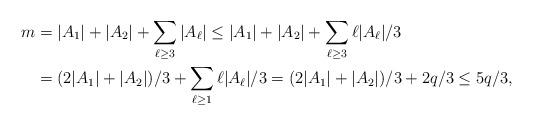
LaTeX: \begin{align*}m&=|A_1|+|A_2|+\sum_{\ell\geq 3}{|A_\ell|}\leq |A_1|+|A_2|+\sum_{\ell\geq 3}{\ell}{|A_\ell|}/3\\&=(2|A_1|+|A_2|)/{3}+\sum_{\ell\geq 1}\ell|A_\ell|/3=(2|A_1|+|A_2|)/{3}+{2q}/{3}\leq {5q}/{3},\end{align*}